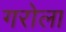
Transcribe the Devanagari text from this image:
गरोला